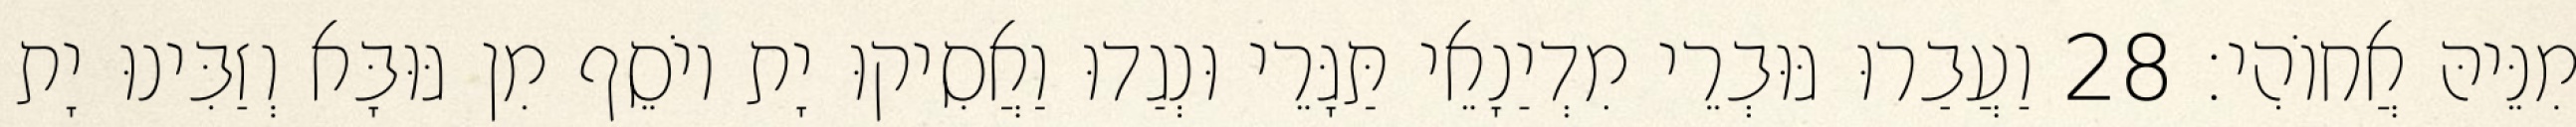
מִנֵּיהּ אֲחוֹהִי׃ 28 וַעֲבַרוּ גּוּבְרֵי מִדְיַנָאֵי תַּגָּרֵי וּנְגַדוּ וַאֲסִיקוּ יָת יוֹסֵף מִן גּוּבָּא וְזַבִּינוּ יָת